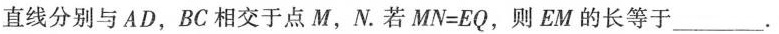
直线分别与AD，BC相交于点M，N。若$$M N = E Q$$，则EM的长等于___.